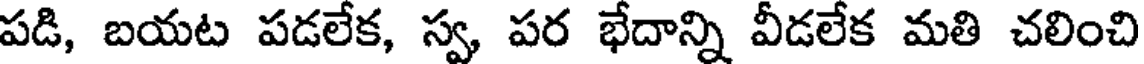
పడి, బయట పడలేక, స్వ పర భేదాన్ని వీడలేక మతి చలించి